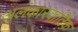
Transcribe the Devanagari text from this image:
अलंकारवार्तिक